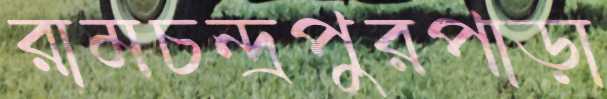
রামচন্দ্রপুরপাড়া